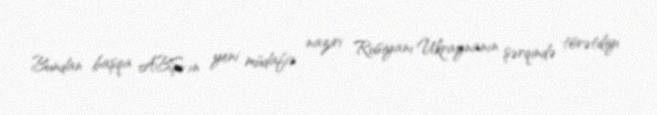
Bundan başqa ABŞ-ın yeni müdafiə naziri Rusiyanı Ukraynanın şərqində törətdiyi